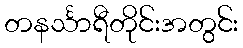
တနင်္သာရီတိုင်းအတွင်း